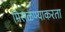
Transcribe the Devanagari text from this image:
मिसळण्याकरता